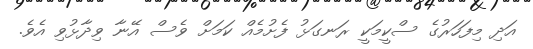
އަދި މިފަހަރުގެ ސްކީމަކީ ރަނގަޅު ފެށުމެއް ކަމަށް ވެސް އޭނާ ވިދާޅުވި އެވެ.